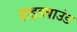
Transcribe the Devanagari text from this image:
हाइडबाउंड